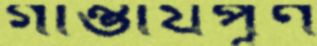
গাম্ভীর্যপূর্ণ